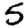
Digit: 5